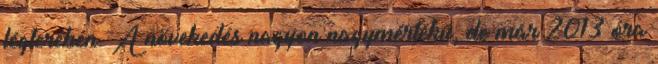
légterében. A növekedés nagyon nagymértékű, de már 2013 óra